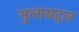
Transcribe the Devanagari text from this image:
मुलाबद्दल